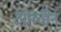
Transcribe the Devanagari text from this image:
ओल्डेन